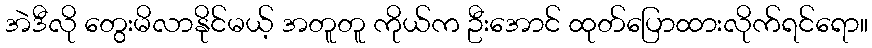
အဲဒီလို တွေးမိလာနိုင်မယ့် အတူတူ ကိုယ်က ဦးအောင် ထုတ်ပြောထားလိုက်ရင်ရော။